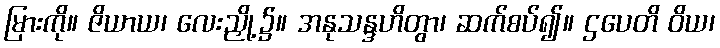
မြားကို။ ဇိယာယ၊ လေးညှို့၌။ အနုသန္ဒဟိတွာ၊ ဆက်စပ်၍။ ဌပေတိ ဝိယ၊